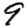
Digit: 9